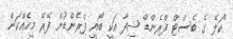
"ކަލޭ ގެ ބެސްޓް ފްރެންޑް ޝިފާ އަކީ ބޯއީ ފްރެންޑުން ފޭރޭ މީހެއްކަން